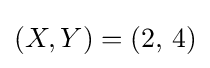
(X,Y)=(2,\,4)